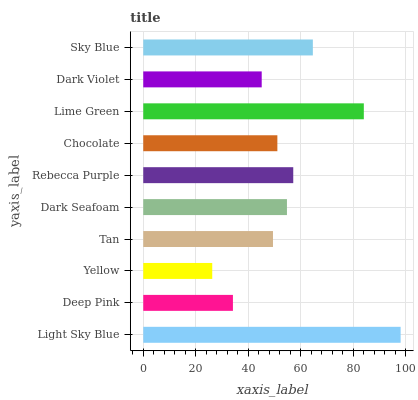
| yaxis_label | bars |
 | --- | --- |
 | Light Sky Blue | 98 |
 | Deep Pink | 34.1 |
 | Yellow | 26.3 |
 | Tan | 49.4 |
 | Dark Seafoam | 54.7 |
 | Rebecca Purple | 57.1 |
 | Chocolate | 51.1 |
 | Lime Green | 84 |
 | Dark Violet | 45.1 |
 | Sky Blue | 64.6 |